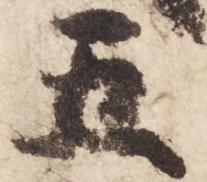
五